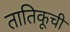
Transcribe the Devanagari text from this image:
तातिकूची